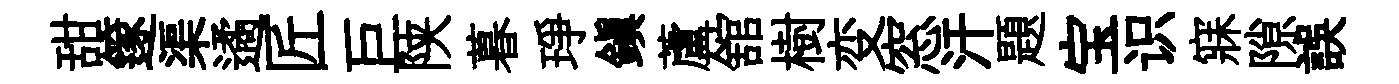
甜篴渠遹匠巨陕暮琤鎭蘆舘樹变窓汗題宝识寐隙誤